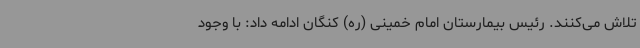
تلاش می‌کنند. رئیس بیمارستان امام خمینی (ره) کنگان ادامه داد: با وجود